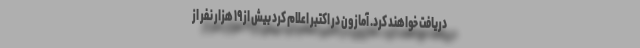
دریافت خواهند کرد. آمازون در اکتبر اعلام کرد بیش از ۱۹ هزار نفر از